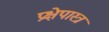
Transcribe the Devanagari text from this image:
प्रक्षेपास्‍त्र